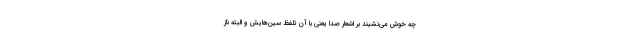
چه خوش می‌نشیند بر اشعار صدا یعنی با آن تلفظ سین‌هایش و البته ناز